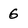
Character: 6